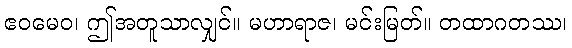
ဧဝမေဝ၊ ဤအတူသာလျှင်။ မဟာရာဇ၊ မင်းမြတ်။ တထာဂတဿ၊